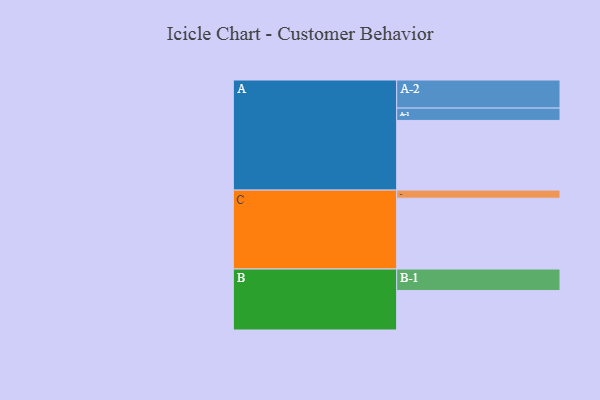
{"axis": {"x": "Segment", "y": "Value"}, "legend": ["", "A", "B", "C"], "data": [{"x": "A", "y": 543, "type": ""}, {"x": "B", "y": 308, "type": ""}, {"x": "C", "y": 552, "type": ""}, {"x": "A-1", "y": 96, "type": "A"}, {"x": "A-2", "y": 219, "type": "A"}, {"x": "B-1", "y": 167, "type": "B"}, {"x": "C-1", "y": 63, "type": "C"}]}